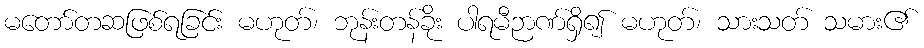
မတော်တဆဖြစ်ရခြင်း မဟုတ်၊ ဘုန်းတန်ခိုး ပါရမီဉာဏ်ရှိ၍ မဟုတ်၊ သားသတ် သမား၏